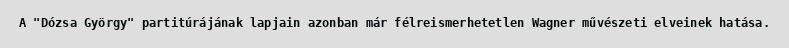
A "Dózsa György" partitúrájának lapjain azonban már félreismerhetetlen Wagner művészeti elveinek hatása.